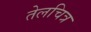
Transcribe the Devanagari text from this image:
तेलचित्र